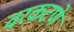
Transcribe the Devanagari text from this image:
वरकटणे